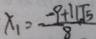
x _ { 1 } = \frac { - 9 + 1 1 \sqrt { 5 } } { 8 }